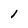
Character: 1